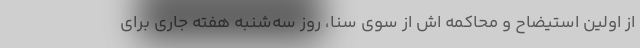
از اولین استیضاح و محاکمه اش از سوی سنا، روز سه‌شنبه هفته جاری برای